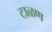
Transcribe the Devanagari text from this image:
टाळण